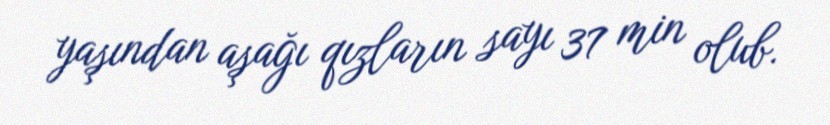
yaşından aşağı qızların sayı 37 min olub.